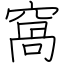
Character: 窩